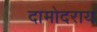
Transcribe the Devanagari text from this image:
दामोदराय